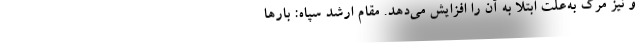
و نیز مرگ به‌علت ابتلا به آن را افزایش می‌دهد. مقام ارشد سپاه: بارها